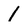
Character: 1